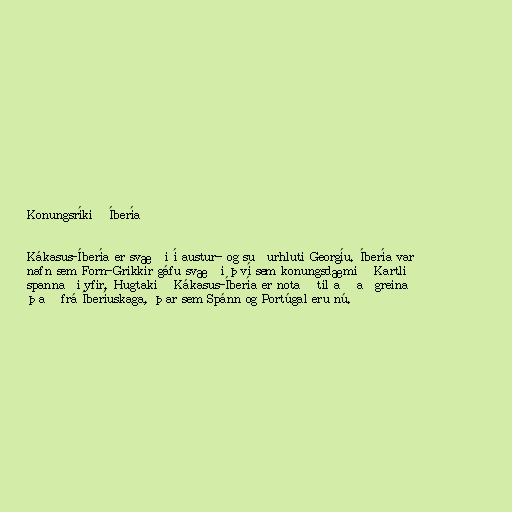
Konungsríkið Íbería

Kákasus-Íbería er svæði í austur- og suðurhluti Georgíu. Íbería var
nafn sem Forn-Grikkir gáfu svæði því sem konungsdæmið Kartli
spannaði yfir. Hugtakið Kákasus-Íbería er notað til að aðgreina
það frá Íberíuskaga, þar sem Spánn og Portúgal eru nú.